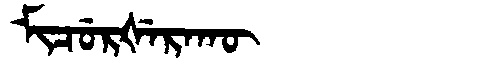
Manchu: ᠮᡳᠴᡠᡵᡧᡝᡵᠠᡴᡡ
Romanization: MICURŠERAKŪ